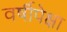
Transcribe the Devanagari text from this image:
वर्षीपेक्षा